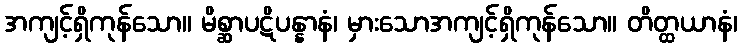
အကျင့်ရှိကုန်သော။ မိစ္ဆာပဋိပန္နာနံ၊ မှားသောအကျင့်ရှိကုန်သော။ တိတ္ထယာနံ၊